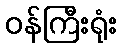
ဝန်ကြီးရုံး